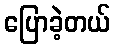
ပြောခဲ့တယ်